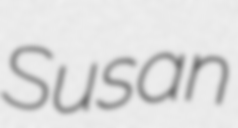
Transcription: Susan